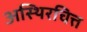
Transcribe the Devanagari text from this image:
अस्थिरचित्त